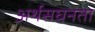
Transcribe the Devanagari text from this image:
अर्थसघनता